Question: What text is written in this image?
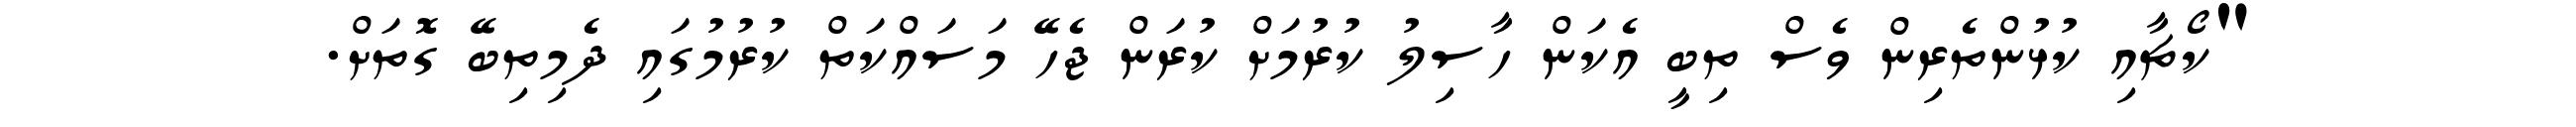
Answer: "ކޯޗާއި ކުޅުންތެރިން ވެސް ތިބީ އެކަން ހާސިލު ކުރުމަށް ކުރަން ޖެހޭ މަސައްކަތް ކުރުމުގައި ދެމިތިބޭ ގޮތަށް.